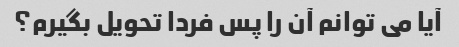
آیا می توانم آن را پس فردا تحویل بگیرم؟